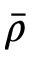
\bar { \rho }